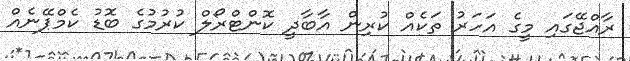
ރާއްޖޭގައި މީގެ އަހަރު ތަކެއް ކުރިން އާބާދީ ކޮންޓްރޯލް ކުރުމުގެ ބޮޑު ކެމްޕޭނެއް